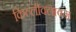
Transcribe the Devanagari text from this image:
किल्लीवलावन